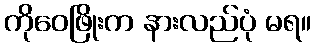
ကိုဝေဖြိုးက နားလည်ပုံ မရ။